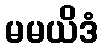
မမယိဒံ